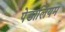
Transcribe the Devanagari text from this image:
पेडालियम